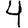
Digit: 4